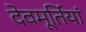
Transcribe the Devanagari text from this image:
देवमूर्तियां